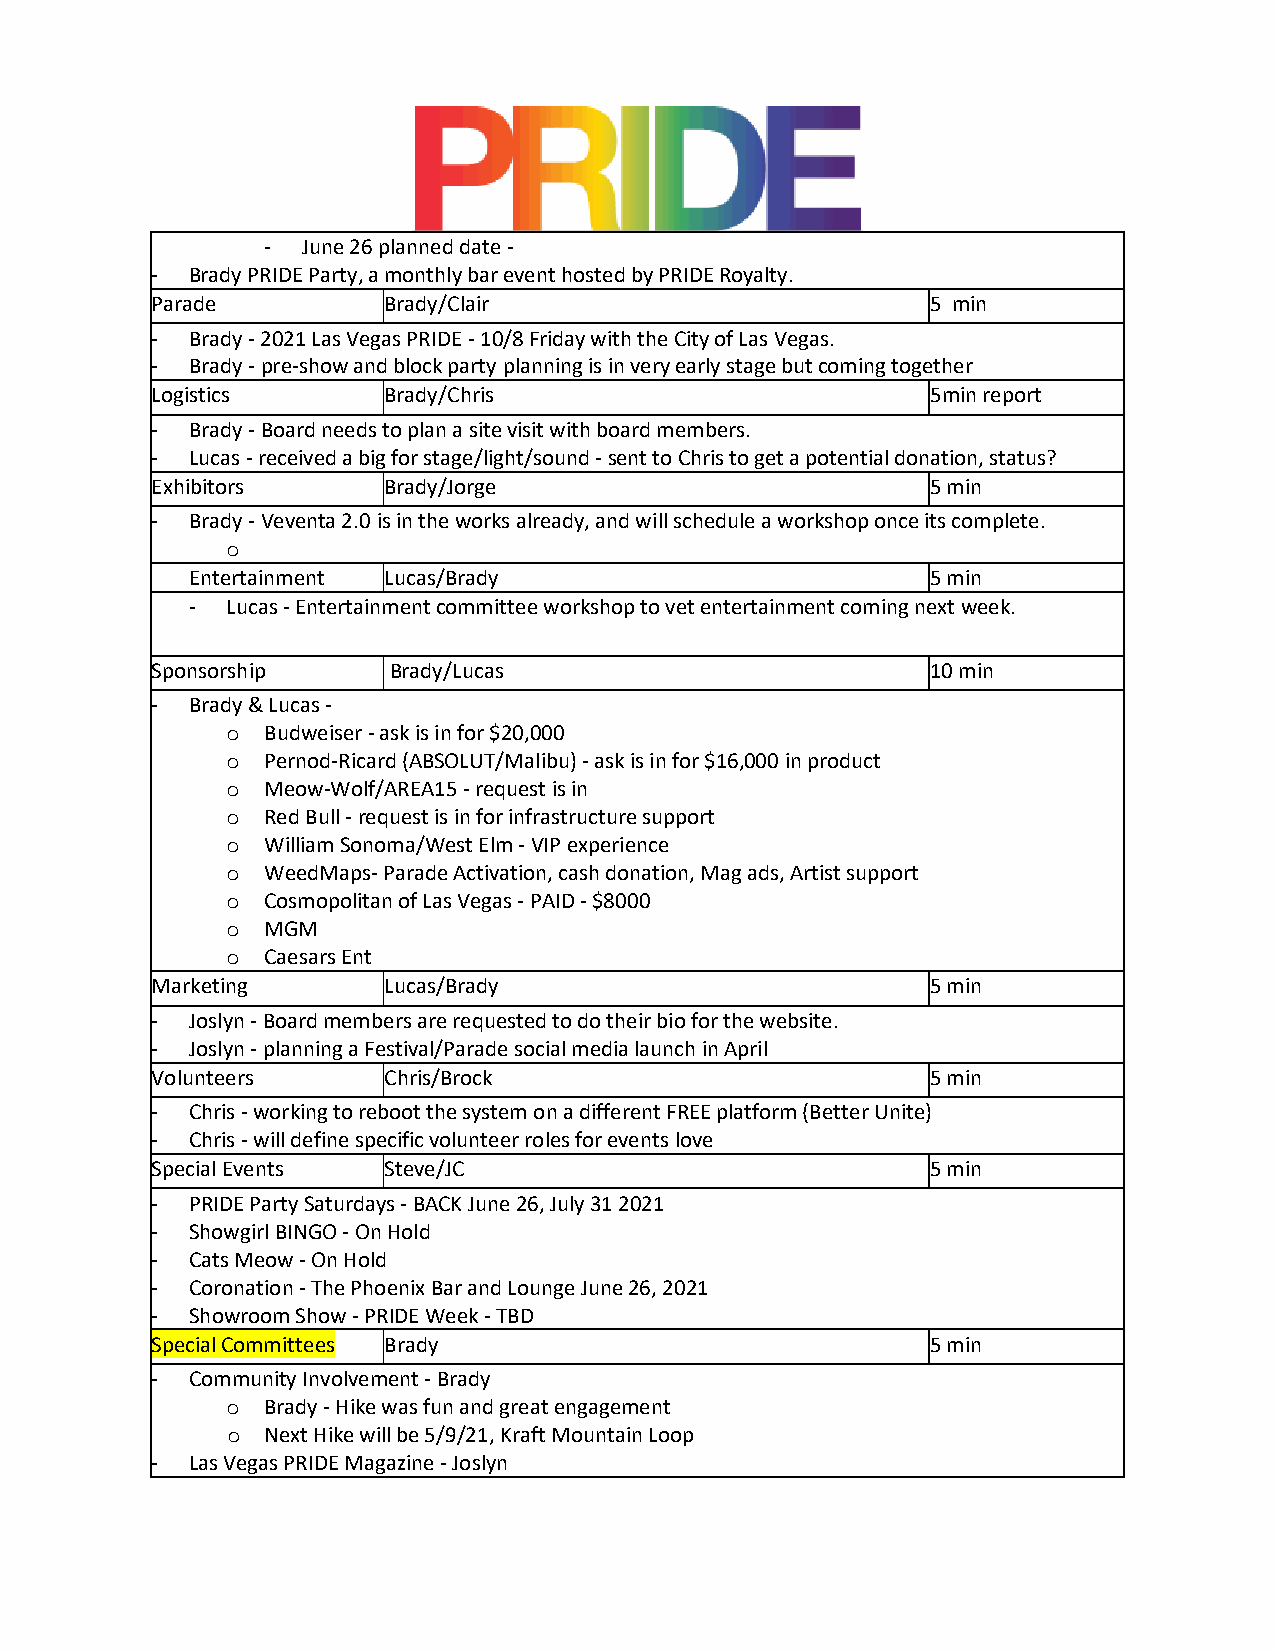
-  June 26 planned date -
 -  Brady PRIDE Party, a monthly bar event hosted by PRIDE Royalty.
 Parade         Brady/Clair                          5 min
 -  Brady - 2021 Las Vegas PRIDE - 10/8 Friday with the City of Las Vegas.
 -  Brady - pre-show and block party planning is in very early stage but coming together
 Logistics      Brady/Chris                          5min report
 -  Brady - Board needs to plan a site visit with board members.
 -  Lucas - received a big for stage/light/sound - sent to Chris to get a potential donation, status?
 Exhibitors     Brady/Jorge                          5 min
 -  Brady - Veventa 2.0 is in the works already, and will schedule a workshop once its complete.
 o
 Entertainment Lucas/Brady                        5 min
 - Lucas - Entertainment committee workshop to vet entertainment coming next week.
 Sponsorship     Brady/Lucas                         10 min
 -  Brady & Lucas -
 Budweiser - ask is in for $20,000
 o
 Pernod-Ricard (ABSOLUT/Malibu) - ask is in for $16,000 in product
 o
 Meow-Wolf/AREA15 - request is in
 o
 Red Bull - request is in for infrastructure support
 o
 William Sonoma/West Elm - VIP experience
 o
 WeedMaps- Parade Activation, cash donation, Mag ads, Artist support
 o
 Cosmopolitan of Las Vegas - PAID - $8000
 o
 MGM
 o
 Caesars Ent
 o
 Marketing      Lucas/Brady                          5 min
 -  Joslyn - Board members are requested to do their bio for the website.
 -  Joslyn - planning a Festival/Parade social media launch in April
 Volunteers     Chris/Brock                          5 min
 -  Chris - working to reboot the system on a different FREE platform (Better Unite)
 -  Chris - will define specific volunteer roles for events love
 Special Events Steve/JC                             5 min
 -  PRIDE Party Saturdays - BACK June 26, July 31 2021
 -  Showgirl BINGO - On Hold
 -  Cats Meow - On Hold
 -  Coronation - The Phoenix Bar and Lounge June 26, 2021
 -  Showroom Show - PRIDE Week - TBD
 Special Committees Brady                            5 min
 -  Community Involvement - Brady
 Brady - Hike was fun and great engagement
 o
 Next Hike will be 5/9/21, Kraft Mountain Loop
 o
 -  Las Vegas PRIDE Magazine - Joslyn